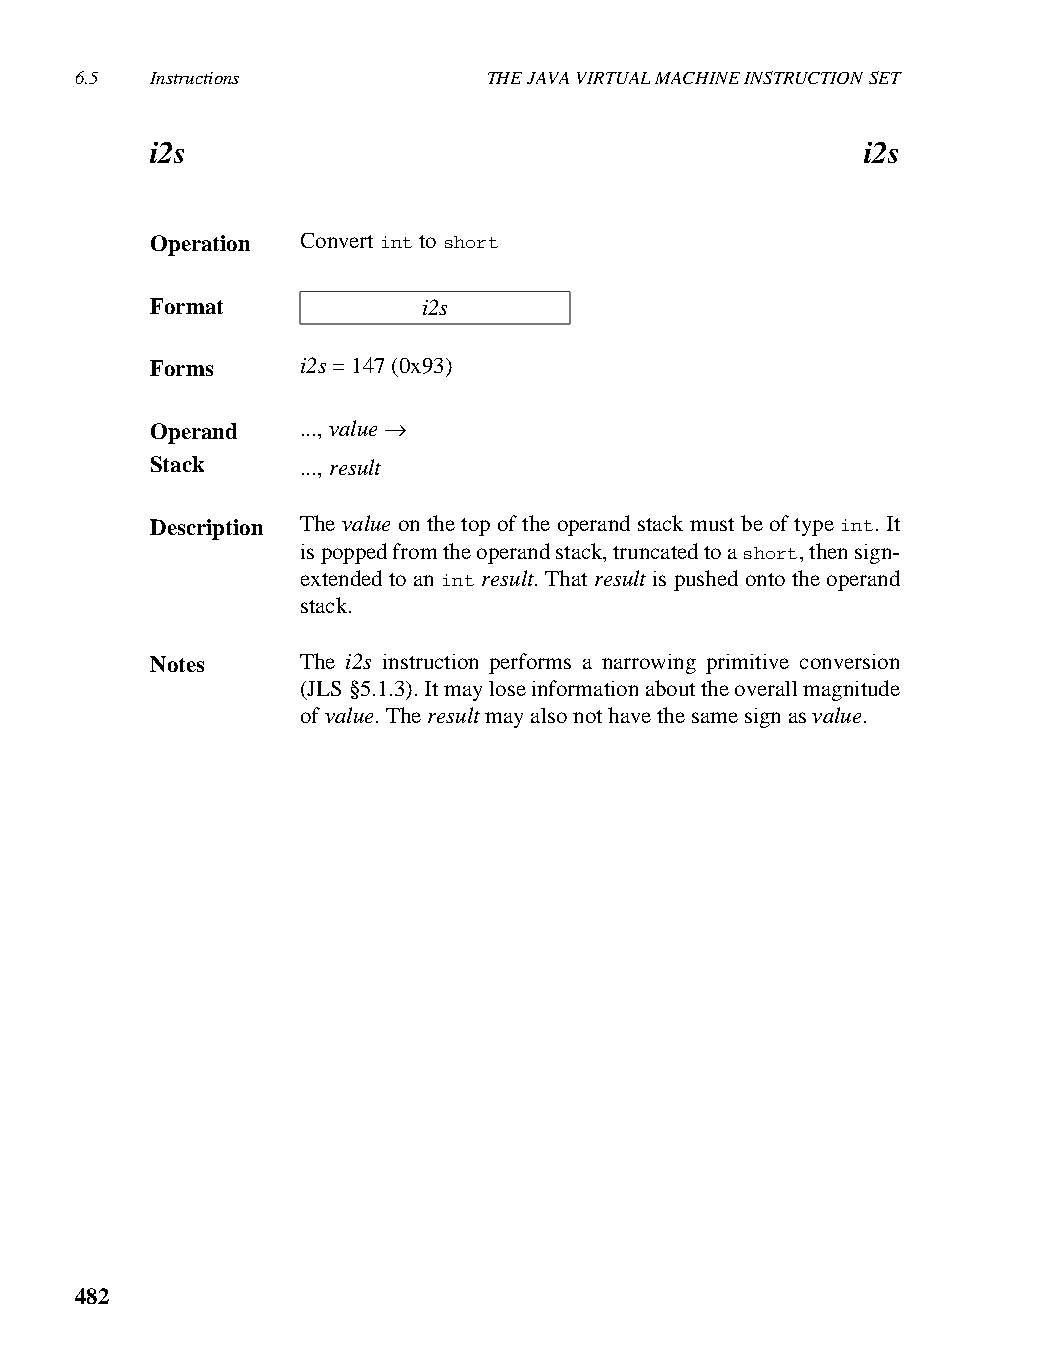
6.5  Instructions          THE JAVA VIRTUAL MACHINE INSTRUCTION SET
 i2s                                            i2s
 Operation Convert int to short
 Format            i2s
 Forms     i2s = 147 (0x93)
 Operand   ..., value →
 Stack     ..., result
 Description The value on the top of the operand stack must be of type int. It
 is popped from the operand stack, truncated to a short, then sign-
 extended to an int result. That result is pushed onto the operand
 stack.
 Notes     The i2s instruction performs a narrowing primitive conversion
 (JLS §5.1.3). It may lose information about the overall magnitude
 of value. The result may also not have the same sign as value.
 482